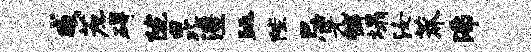
威蔗碍陇昆澧眺陛忌先裤塌汝莽沸